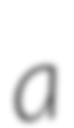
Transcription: a